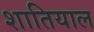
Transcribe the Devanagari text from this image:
शातियाल